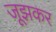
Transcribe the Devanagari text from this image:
जूझकर